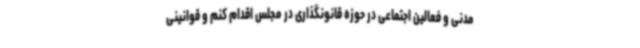
مدنی و فعالین اجتماعی در حوزه قانونگذاری در مجلس اقدام کنم و قوانینی